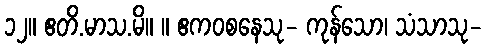
၁၂။ ဧတိ.မာသ.မိ။ ။ ဧကဝစနေသု- ကုန်သော၊ သံသာသု-